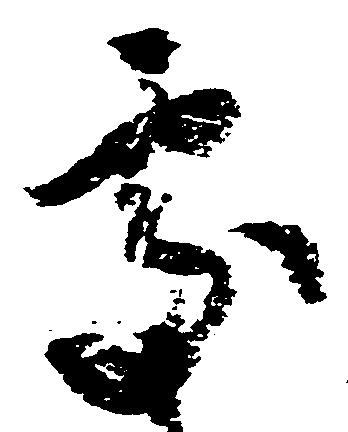
処